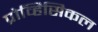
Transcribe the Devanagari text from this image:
प्रोव्हिसिकल